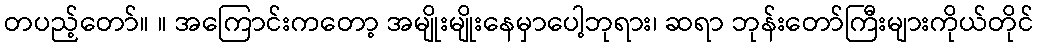
တပည့်တော်။ ။ အကြောင်းကတော့ အမျိုးမျိုးနေမှာပေါ့ဘုရား၊ ဆရာ ဘုန်းတော်ကြီးများကိုယ်တိုင်